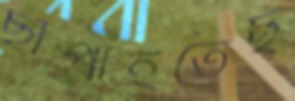
ছাপাইতেছ